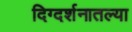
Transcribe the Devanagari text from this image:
दिग्दर्शनातल्या